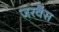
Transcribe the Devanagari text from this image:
जरवैस